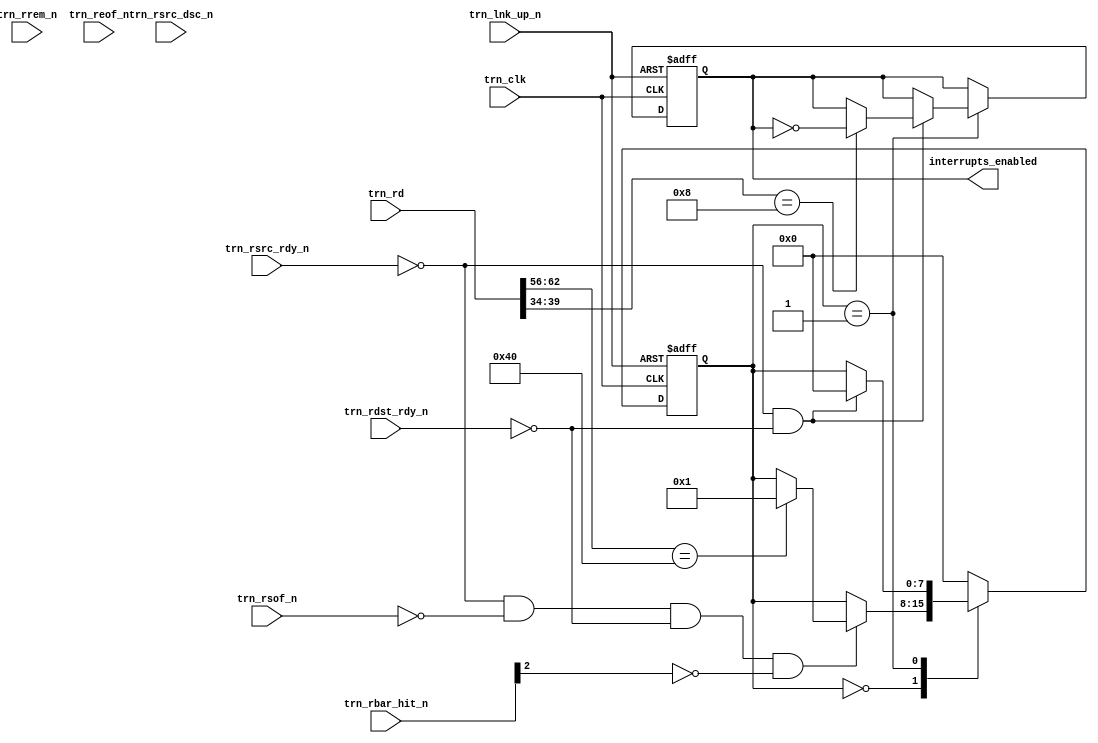
//////////////////////////////////////////////////////////////////////////////////////////////
//////////////////////////////////////////////////////////////////////////////////////////////
`timescale 1ns / 1ps
//`default_nettype none

`define PIO_64_RX_MEM_RD32_FMT_TYPE 7'b00_00000
`define RX_MEM_WR32_FMT_TYPE 7'b10_00000
`define PIO_64_RX_MEM_RD64_FMT_TYPE 7'b01_00000
`define RX_MEM_WR64_FMT_TYPE 7'b11_00000
`define PIO_64_RX_IO_RD32_FMT_TYPE  7'b00_00010
`define PIO_64_RX_IO_WR32_FMT_TYPE  7'b10_00010

module interrupt_en (

    input    trn_clk,
    input    trn_lnk_up_n,

    input       [63:0]      trn_rd,
    input       [7:0]       trn_rrem_n,
    input                   trn_rsof_n,
    input                   trn_reof_n,
    input                   trn_rsrc_rdy_n,
    input                   trn_rsrc_dsc_n,
    input       [6:0]       trn_rbar_hit_n,
    input                   trn_rdst_rdy_n,
    output reg              interrupts_enabled
    );

    // localparam
    localparam s0 = 8'b00000000;
    localparam s1 = 8'b00000001;
    localparam s2 = 8'b00000010;
    localparam s3 = 8'b00000100;
    localparam s4 = 8'b00001000;

    // Local wires and reg
    wire            reset_n = ~trn_lnk_up_n;

    reg     [7:0]   state;

    ////////////////////////////////////////////////
    // interrupts_enabled & TLP reception
    ////////////////////////////////////////////////
    always @( posedge trn_clk or negedge reset_n ) begin

        if (!reset_n ) begin  // reset
            interrupts_enabled <= 1'b1;
            state <= s0;
        end
        
        else begin  // not reset
            case (state)

                s0 : begin
                    if ( (!trn_rsrc_rdy_n) && (!trn_rsof_n) && (!trn_rdst_rdy_n) && (!trn_rbar_hit_n[2])) begin
                        if (trn_rd[62:56] == `RX_MEM_WR32_FMT_TYPE) begin   // extend this to receive RX_MEM_WR64_FMT_TYPE
                            state <= s1;
                        end
                    end
                end

                s1 : begin
                    if ( (!trn_rsrc_rdy_n) && (!trn_rdst_rdy_n)) begin
                        case (trn_rd[39:34])

                            6'b001000 : begin     // interrupts eneable and disable
                                interrupts_enabled <= ~interrupts_enabled;
                                state <= s0;
                            end

                            default : begin //other addresses
                                state <= s0;
                            end

                        endcase
                    end
                end

                default : begin //other TLPs
                    state <= s0;
                end

            endcase
        end     // not reset
    end  //always
   

endmodule // interrupt_en

//////////////////////////////////////////////////////////////////////////////////////////////
//////////////////////////////////////////////////////////////////////////////////////////////